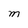
Character: M